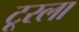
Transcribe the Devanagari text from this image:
टूरला